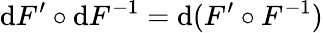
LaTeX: \mathrm{d}F^{\prime}\circ\mathrm{d}F^{-1}=\mathrm{d}(F^{\prime}\circ F^{-1})